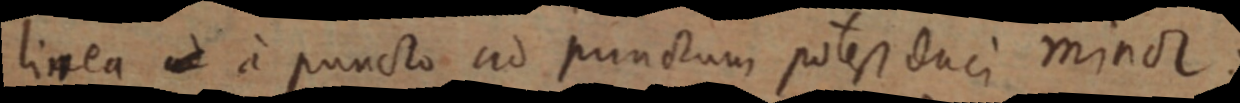
linea ad a puncto ad punctum potest daci minor: